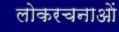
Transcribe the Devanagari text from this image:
लोकरचनाओं